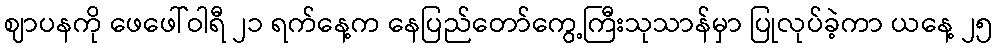
ဈာပနကို ဖေဖေါ်ဝါရီ ၂၁ ရက်နေ့က နေပြည်တော်ကွေ့ကြီးသုသာန်မှာ ပြုလုပ်ခဲ့ကာ ယနေ့ ၂၅